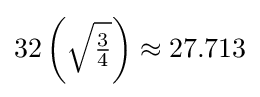
32\left({\sqrt {\tfrac {3}{4}}}\right)\approx 27.713